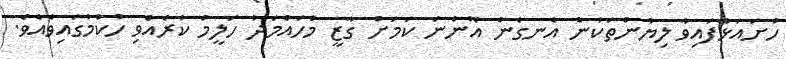
ހުށައަޅާފައިވާ ލިޔުންތަކުން އެނގެން އޮންނަ ކަމަށް ގާޒީ މުހައްމަދު ހަލީމް ކުރެއްވި ހުކުމުގައިވެއެވެ.